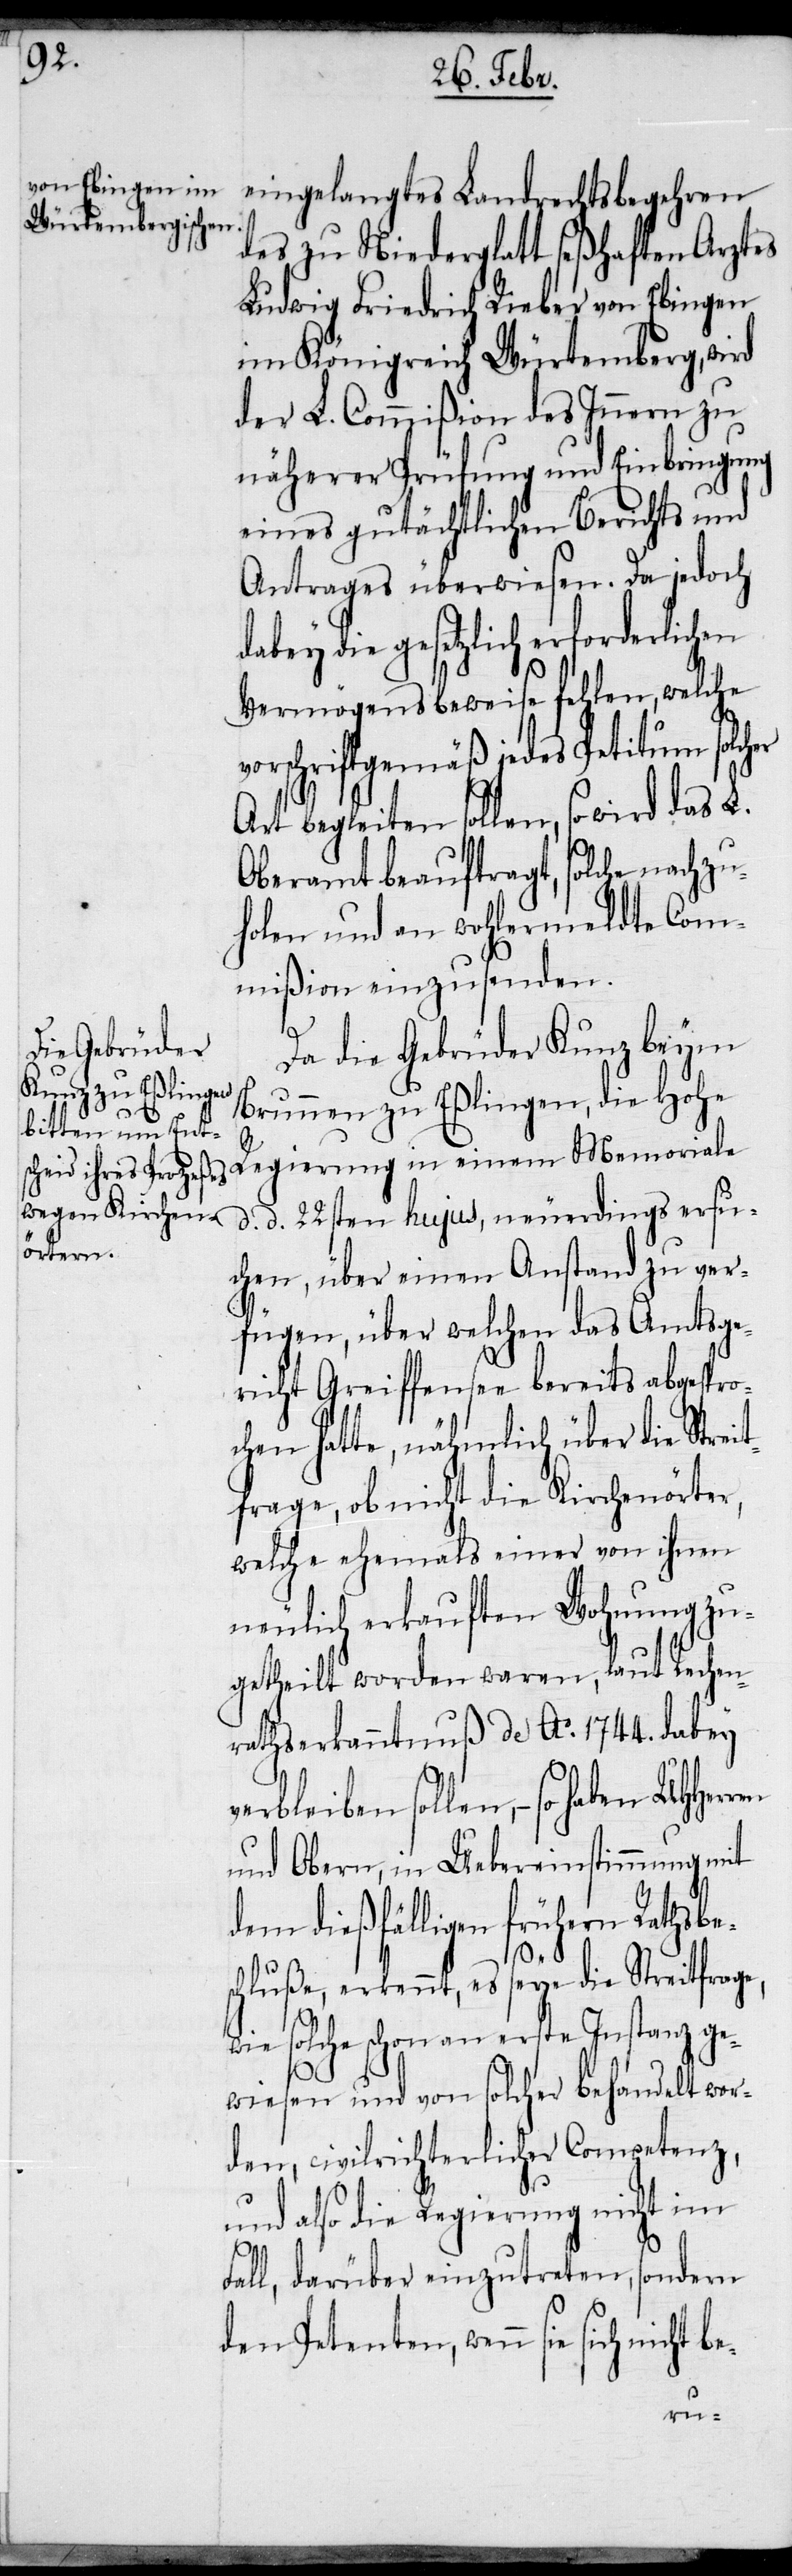
eingelangtes Landrechtsbegehren
des zu Niederglatt seßhaften Arztes
Ludwig Friedrich Rieber von Ebingen
im Königreich Würtemberg, wird
der L. Commißion des Innern zu
näherer Prüfung und Einbringung
eins gutächtlichen Berichts und
Antrages überwiesen. Da jedoch
die gesetzlich erforderlic¬
Vermögensbeweise fehlen, welche
orschriftgemäß jedes Petitum solcher
Art begleiten sollen, so wird das L.
Oberamt beauftragt, solche nachz¬
uholen und an wohlermeldte Com¬
mißion einzusenden.
Da die Gebrüder Kunz beym
Brunnen zu Eßlingen, die Hohe
Regierung in einem Memoriale
d. d. 22sten hujus, neuerdings ersu¬
chen, über einen Anstand zu ver¬
fügen, über welchen das Amtsge¬
richt Greiffensee bereits abgespro¬
chen hatte, nähmlich über die Str¬
frage, ob nicht die Kirchenörter,
welche ehemals einer von ihnen
neulich erkauften Wohnung zu¬
getheilt worden waren, laut Rechen¬
rathserkanntnuß de Ao. 1744. dabey
verbleiben sollen, − so haben
und Obern, in Uebereinstimmung mit
dem dießfälligen frühern Rathsbes¬
chluße, erkennt, es seye die Streitfrage,
wie solche schon an erste Instanz ge¬
wiesen und von solcher behandelt wor¬
den, civilrichterlicher Competenz,
und also die Regierung nicht im
cht
Fall, darüber einzutreten, sondern
den Petenten, wenn sie sich ni¬
eit¬